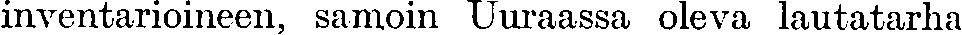
inventarioineen, samoin Uuraassa oleva lautatarha